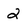
Character: 2